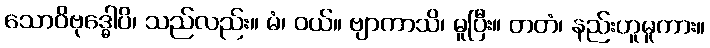
သောဝိဗုဒ္ဓေါပိ၊ သည်လည်း။ မံ၊ ဝယ်။ ဗျာကာသိ၊ မူပြီး။ တတံ၊ နည်းဟူမူကား။